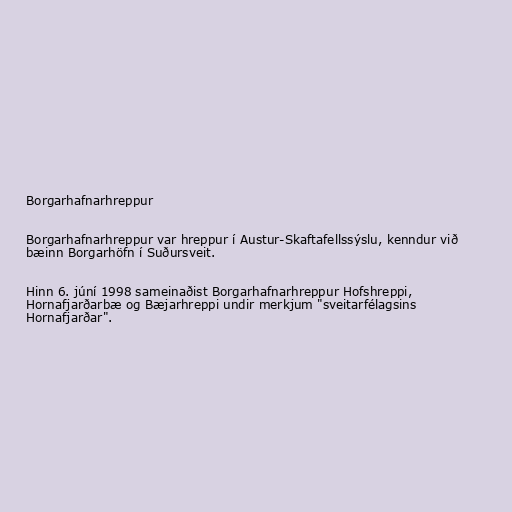
Borgarhafnarhreppur

Borgarhafnarhreppur var hreppur í Austur-Skaftafellssýslu, kenndur við
bæinn Borgarhöfn í Suðursveit.

Hinn 6. júní 1998 sameinaðist Borgarhafnarhreppur Hofshreppi,
Hornafjarðarbæ og Bæjarhreppi undir merkjum "sveitarfélagsins
Hornafjarðar".